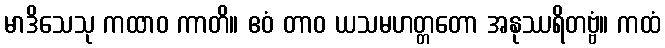
မာဒိသေသု ကထာဝ ကာတိ။ ဧဝံ တာဝ ယသမဟတ္တတော အနုဿရိတဗ္ဗံ။ ကထံ